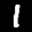
Label: 1